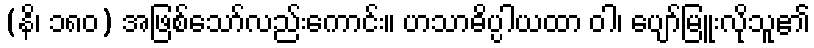
(နိ၊ ၁၈၀) အဖြစ်သော်လည်းကောင်း။ ဟသာဓိပ္ပါယထာ ဝါ၊ ပျော်မြူးလိုသူ၏